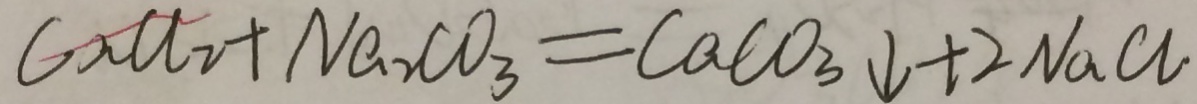
C a C l _ { 2 } + N a _ { 2 } C O _ { 3 } = C a C O _ { 3 } \downarrow + 2 N a C l